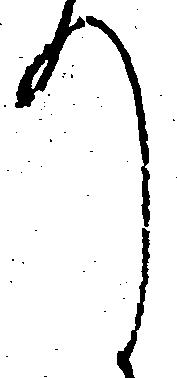
て